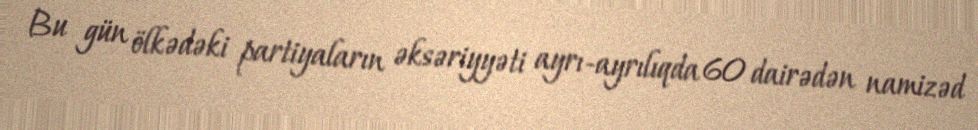
Bu gün ölkədəki partiyaların əksəriyyəti ayrı-ayrılıqda 60 dairədən namizəd